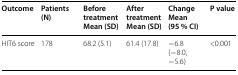
<table><thead><tr><td><b>Outcome</b></td><td><b>Patients (N)</b></td><td><b>Before treatmentMean (SD)</b></td><td><b>After treatmentMean (SD)</b></td><td><b>ChangeMean (95 % CI)</b></td><td><b>P value</b></td></tr></thead><tbody><tr><td>HIT6 score</td><td>178</td><td>68.2 (5.1)</td><td>61.4 (17.8)</td><td>−6.8 (−8.0, −5.6)</td><td>&lt;0.001</td></tr></tbody></table>